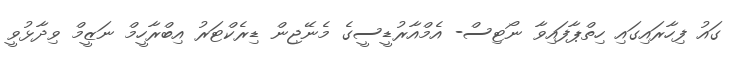
ގައު ފިހާރައިގައި ހިތްޕާފައިވާ ނޯޓިސް- އެމްއާރުޑީސީގެ މެނޭޖިން ޑިރެކްޓަރު އިބްރާހީމް ނަޒީމް ވިދާޅުވީ